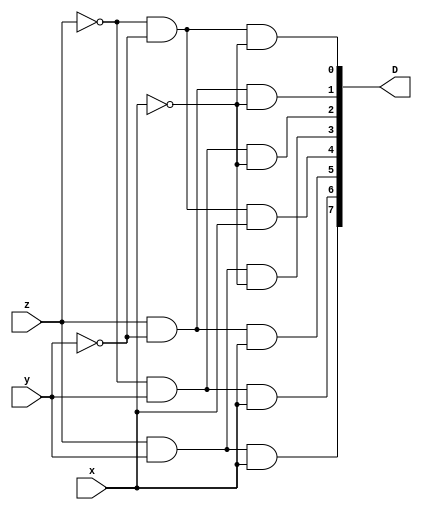
module Decoder_3x8(
	input x,y,z,
	output [7:0] D
	);
	wire [2:0] D0_wire,D1_wire,D2_wire,D3_wire,D4_wire,D5_wire,D6_wire,D7_wire;
	
	and G0(D[0],D0_wire[0],D0_wire[1],D0_wire[2]);
	and G1(D[1],D1_wire[0],D1_wire[1],D1_wire[2]);
	and G2(D[2],D2_wire[0],D2_wire[1],D2_wire[2]);
	and G3(D[3],D3_wire[0],D3_wire[1],D3_wire[2]);
	and G4(D[4],D4_wire[0],D4_wire[1],D4_wire[2]);
	and G5(D[5],D5_wire[0],D5_wire[1],D5_wire[2]);
	and G6(D[6],D6_wire[0],D6_wire[1],D6_wire[2]);
	and G7(D[7],D7_wire[0],D7_wire[1],D7_wire[2]);
	
	not G8(z_out,z);
	not G9(y_out,y);
	not G10(x_out,x);
	
	assign D0_wire[0]=z_out;
	assign D0_wire[1]=y_out;
	assign D0_wire[2]=x_out;
	assign D1_wire[0]=z;
	assign D1_wire[1]=y_out;
	assign D1_wire[2]=x_out;
	assign D2_wire[0]=z_out;
	assign D2_wire[1]=y;
	assign D2_wire[2]=x_out;
	assign D3_wire[0]=z;
	assign D3_wire[1]=y;
	assign D3_wire[2]=x_out;
	assign D4_wire[0]=z_out;
	assign D4_wire[1]=y_out;
	assign D4_wire[2]=x;
	assign D5_wire[0]=z;
	assign D5_wire[1]=y_out;
	assign D5_wire[2]=x;
	assign D6_wire[0]=z_out;
	assign D6_wire[1]=y;
	assign D6_wire[2]=x;
	assign D7_wire[0]=z;
	assign D7_wire[1]=y;
	assign D7_wire[2]=x;
	
	endmodule